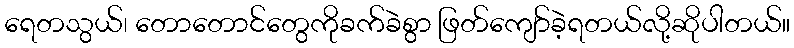
ရေတသွယ်၊ တောတောင်တွေကိုခက်ခဲစွာ ဖြတ်ကျော်ခဲ့ရတယ်လို့ဆိုပါတယ်။